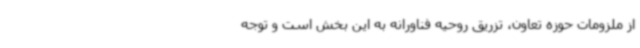
از ملزومات حوزه تعاون، تزریق روحیه فناورانه به این بخش است و توجه